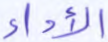
الأداء